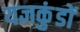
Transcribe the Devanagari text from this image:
यज्ञकुंडों